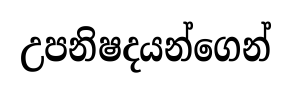
උපනිෂදයන්ගෙන්